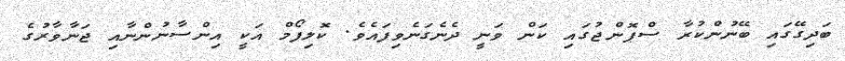
ބަދިގޭގައި ބޭނުންކުރާ ސްޕޮންޖުގައި ކަން ވަނީ ދެނެގަނެވިފައެވެ. ކޮލިފޯމް އަކީ އިންސާނުންނާއި ޖަނާވާރުގެ